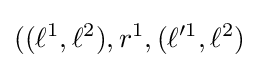
((\ell ^{1},\ell ^{2}),r^{1},(\ell ^{\prime 1},\ell ^{2})